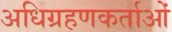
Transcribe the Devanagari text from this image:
अधिग्रहणकर्ताओं